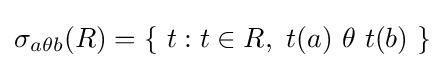
\sigma _{a\theta b}(R)=\{\ t:t\in R,\ t(a)\ \theta \ t(b)\ \}